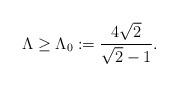
LaTeX: \begin{align*}\Lambda\ge \Lambda_0 := \frac{4 \sqrt{2}}{\sqrt{2}-1} .\end{align*}